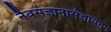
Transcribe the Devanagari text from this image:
नैवसंज्ञानासंज्ञायतन